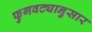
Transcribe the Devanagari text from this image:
फुगवट्यानुसार